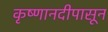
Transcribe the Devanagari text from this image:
कृष्णानदीपासून